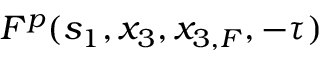
F ^ { p } ( s _ { 1 } , x _ { 3 } , x _ { 3 , F } , - \tau )